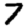
Digit: 7